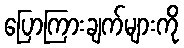
ပြောကြားချက်များကို